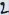
Text: 2